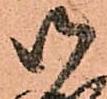
御